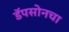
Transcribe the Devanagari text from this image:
डॅपसोनचा